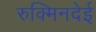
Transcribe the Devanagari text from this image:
रुक्मिनदेई